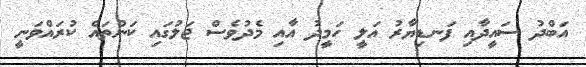
އަބްދު ސައީދާއި ފަނޑިޔާރު އަލީ ހަމީދު އާއި މެދުވެސް ޖަލުގައި ކަންތައް ކުރައްވަނީ